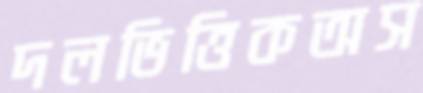
দলভিত্তিকঅস